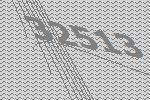
32513